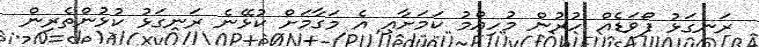
ރަނގަޅު ފޯވަޑެއް ހުރުން މުހިއްމު ކަމަށާއި އެ މަގާމަށް ކުޅޭނެ ރަނގަޅު ކުޅުންތެރިން